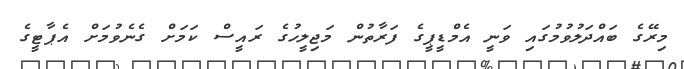
މިރޭގެ ބައްދަލުވުމުގައި ވަނީ އެމްޑީޕީގެ ފަރާތުން މަޖިލީހުގެ ރައީސް ކަމަށް ގެނެވުމަށް އެޕާޓީގެ